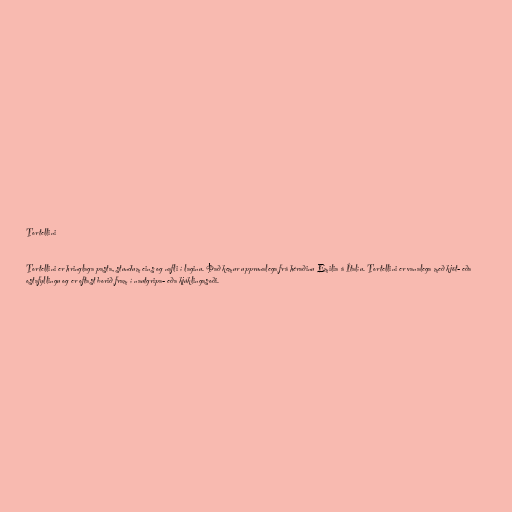
Tortellini

Tortellini er hringlaga pasta, stundum eins og nafli í laginu. Það kemur upprunalega frá héraðinu Emilia á Ítalíu. Tortellini er vanalega með kjöt- eða
ostafyllingu og er oftast borið fram í nautgripa- eða kjúklingasoði.